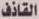
القاذف